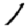
Digit: 1